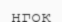
нгок